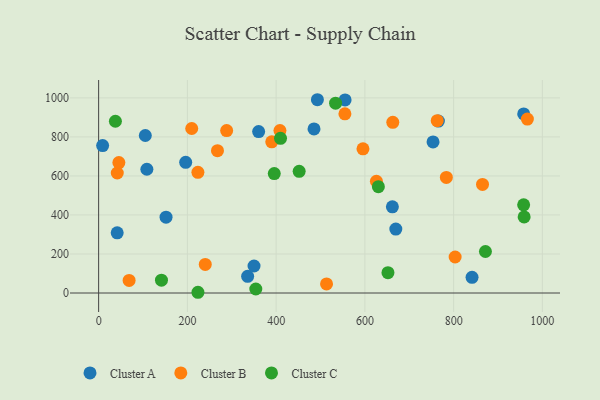
{"axis": {"x": "Investment", "y": "Fuel Efficiency"}, "legend": ["Cluster A", "Cluster B", "Cluster C"], "data": [{"x": "841.5", "y": 80.3, "type": "Cluster A"}, {"x": "493.0", "y": 990.6, "type": "Cluster A"}, {"x": "957.9", "y": 917.7, "type": "Cluster A"}, {"x": "41.8", "y": 308.3, "type": "Cluster A"}, {"x": "669.7", "y": 327.5, "type": "Cluster A"}, {"x": "360.6", "y": 827.1, "type": "Cluster A"}, {"x": "335.8", "y": 85.6, "type": "Cluster A"}, {"x": "105.2", "y": 807.3, "type": "Cluster A"}, {"x": "485.4", "y": 840.7, "type": "Cluster A"}, {"x": "765.7", "y": 881.2, "type": "Cluster A"}, {"x": "9.0", "y": 755.6, "type": "Cluster A"}, {"x": "350.2", "y": 138.3, "type": "Cluster A"}, {"x": "196.2", "y": 669.6, "type": "Cluster A"}, {"x": "151.9", "y": 388.4, "type": "Cluster A"}, {"x": "555.4", "y": 989.5, "type": "Cluster A"}, {"x": "108.7", "y": 634.2, "type": "Cluster A"}, {"x": "662.0", "y": 441.8, "type": "Cluster A"}, {"x": "753.6", "y": 774.2, "type": "Cluster A"}, {"x": "555.0", "y": 918.5, "type": "Cluster B"}, {"x": "626.0", "y": 572.7, "type": "Cluster B"}, {"x": "288.5", "y": 832.3, "type": "Cluster B"}, {"x": "763.0", "y": 883.4, "type": "Cluster B"}, {"x": "42.0", "y": 615.0, "type": "Cluster B"}, {"x": "595.7", "y": 739.0, "type": "Cluster B"}, {"x": "390.1", "y": 774.8, "type": "Cluster B"}, {"x": "966.2", "y": 891.5, "type": "Cluster B"}, {"x": "223.7", "y": 618.7, "type": "Cluster B"}, {"x": "240.3", "y": 146.2, "type": "Cluster B"}, {"x": "209.8", "y": 843.1, "type": "Cluster B"}, {"x": "865.1", "y": 556.5, "type": "Cluster B"}, {"x": "408.6", "y": 832.5, "type": "Cluster B"}, {"x": "783.6", "y": 592.2, "type": "Cluster B"}, {"x": "45.6", "y": 668.7, "type": "Cluster B"}, {"x": "513.6", "y": 46.4, "type": "Cluster B"}, {"x": "662.9", "y": 875.0, "type": "Cluster B"}, {"x": "267.8", "y": 729.3, "type": "Cluster B"}, {"x": "803.4", "y": 184.5, "type": "Cluster B"}, {"x": "68.7", "y": 64.5, "type": "Cluster B"}, {"x": "534.0", "y": 972.7, "type": "Cluster C"}, {"x": "395.8", "y": 612.0, "type": "Cluster C"}, {"x": "652.0", "y": 104.4, "type": "Cluster C"}, {"x": "451.9", "y": 623.7, "type": "Cluster C"}, {"x": "958.9", "y": 389.7, "type": "Cluster C"}, {"x": "223.8", "y": 3.7, "type": "Cluster C"}, {"x": "37.8", "y": 880.3, "type": "Cluster C"}, {"x": "957.8", "y": 451.7, "type": "Cluster C"}, {"x": "409.9", "y": 792.6, "type": "Cluster C"}, {"x": "630.4", "y": 544.8, "type": "Cluster C"}, {"x": "354.2", "y": 20.5, "type": "Cluster C"}, {"x": "141.6", "y": 65.7, "type": "Cluster C"}, {"x": "871.7", "y": 212.8, "type": "Cluster C"}]}